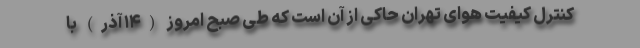
کنترل کیفیت هوای تهران حاکی از آن است که طی صبح امروز (۱۴ آذر) با